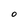
Character: O